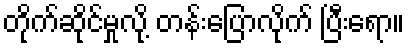
တိုက်ဆိုင်မှုလို့ တန်းပြောလိုက် ပြီးရော။